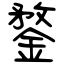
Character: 鍪